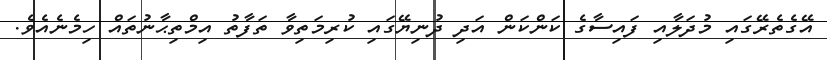
އޭގެތެރޭގައި މުދަލާއި ފައިސާގެ ކަންކަން އަދި ދުނިޔޭގައި ކުރިމަތިވާ ތަފާތު އިމްތިޙާނުތައް ހިމެނެއެވެ.